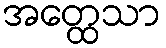
အတ္ထေသာ